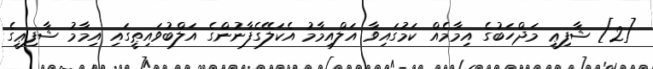
[2] ޝާފިޢީ މަޛްހަބުގެ އިމާމެއް ކަމުގައިވާ އަލްއިމާމު އެކަލޭގެފާނުންގެ އަލްބުވައިޠީގައި އިމާމު ޝާފިޢީގެ